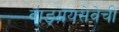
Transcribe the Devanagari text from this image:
वाङ्‌मयसेवेची